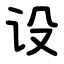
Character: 设